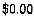
$0.00